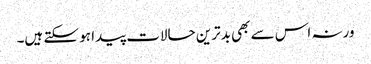
ورنہ اس سے بھی بدترین حالات پیدا ہو سکتے ہیں۔